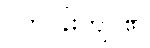
ပတ်ဝန်းကျင်၏